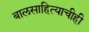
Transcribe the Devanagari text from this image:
बालसाहित्याचीही